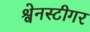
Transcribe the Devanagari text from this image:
श्वेनस्टीगर